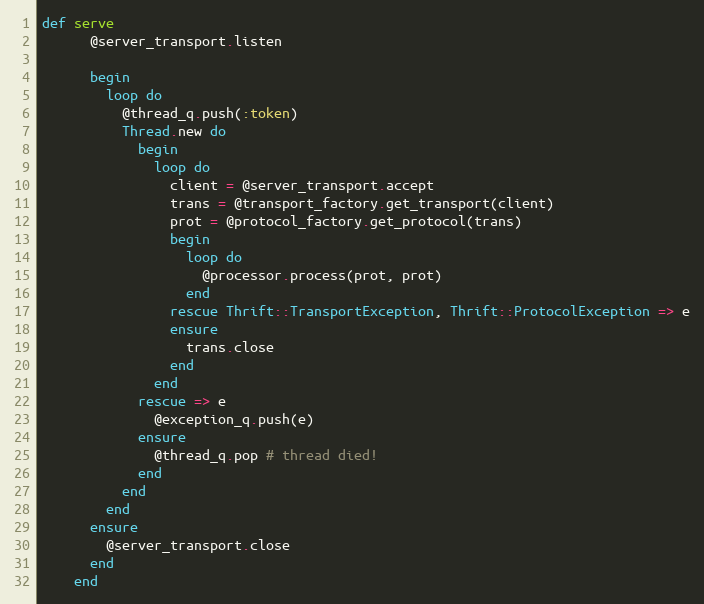
Language: Ruby
def serve
      @server_transport.listen

      begin
        loop do
          @thread_q.push(:token)
          Thread.new do
            begin
              loop do
                client = @server_transport.accept
                trans = @transport_factory.get_transport(client)
                prot = @protocol_factory.get_protocol(trans)
                begin
                  loop do
                    @processor.process(prot, prot)
                  end
                rescue Thrift::TransportException, Thrift::ProtocolException => e
                ensure
                  trans.close
                end
              end
            rescue => e
              @exception_q.push(e)
            ensure
              @thread_q.pop # thread died!
            end
          end
        end
      ensure
        @server_transport.close
      end
    end